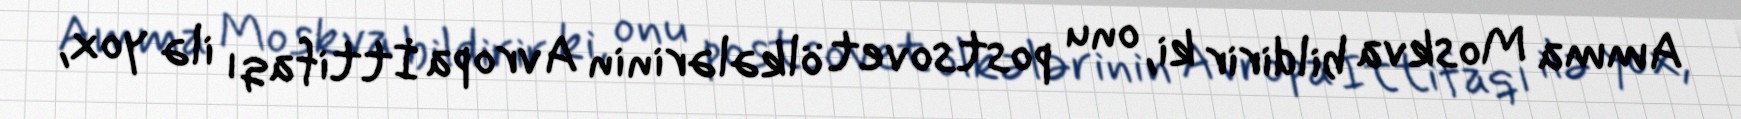
Amma Moskva bildirir ki, onu postsovet ölkələrinin Avropa İttifaqı ilə yox,